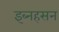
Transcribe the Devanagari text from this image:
इब्नहसन